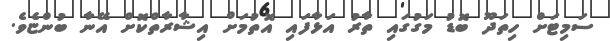
ސަމިޓަށް ހިތަދޫ ބޮޑު މަގުގައި ތާރު އަޅާފައި އޮތުމަށް އިޝާރާތްކޮށް އޭނާ ބުންޏެވެ.